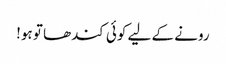
رونے کے لیے کوئی کندھا تو ہو!